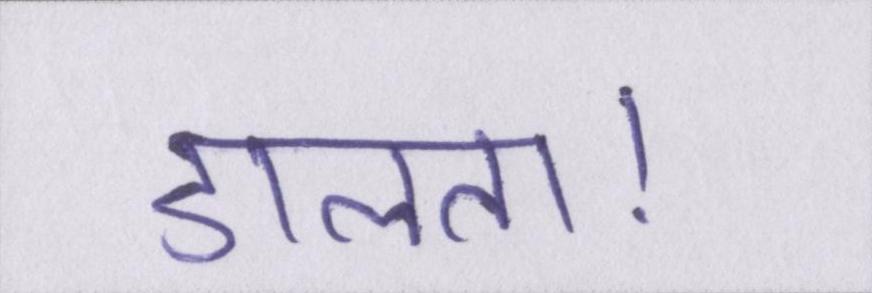
डालता।